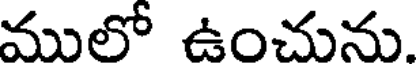
ములో ఉంచును.